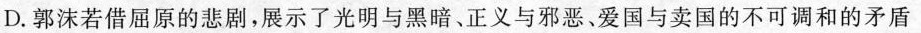
D. 郭沫若借屈原的悲剧，展示了光明与黑暗、正义与邪恶、爱国与卖国的不可调和的矛盾